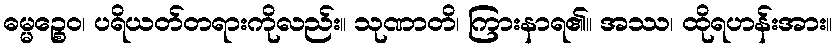
ဓမ္မဉ္စေဝ၊ ပရိယတ်တရားကိုလည်း။ သုဏာတိ၊ ကြားနာရ၏။ အဿ၊ ထိုရဟန်းအား။